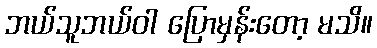
ဘယ်သူဘယ်ဝါ ပြောမှန်းတော့ မသိ။